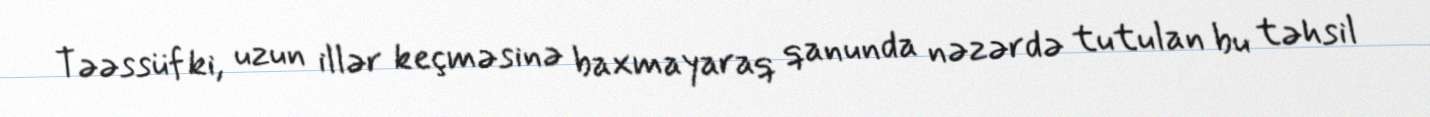
Təəssüf ki, uzun illər keçməsinə baxmayaraq qanunda nəzərdə tutulan bu təhsil